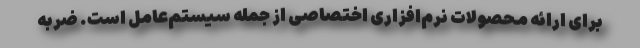
برای ارائه محصولات نرم‌افزاری اختصاصی از جمله سیستم‌عامل است. ضربه